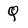
Character: q